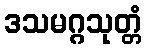
ဒသမဂ္ဂသုတ္တံ